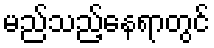
မည်သည့်နေရာတွင်